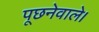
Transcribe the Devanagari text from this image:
पूछनेवाले।